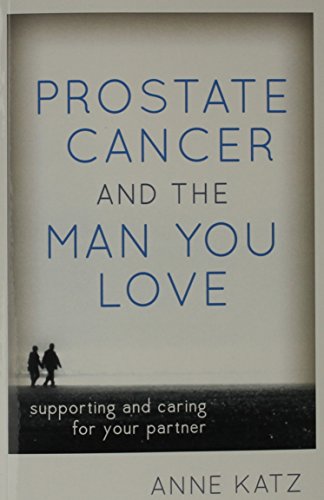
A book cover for Prostate Cancer and the Man You Love: Supporting and Caring for Your Partner; Anne Katz PhD  RN  FAAN; AASECT-certified sexuality counselor; Health, Fitness & Dieting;